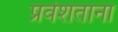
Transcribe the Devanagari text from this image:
प्रवेशताना